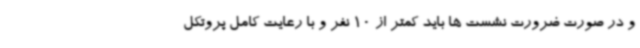
و در صورت ضرورت نشست ها باید کمتر از 10 نفر و با رعایت کامل پروتکل